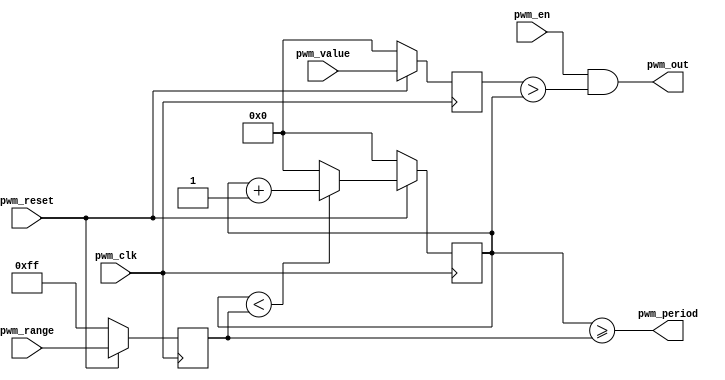
//////////////////////////////////////////////////////////////////////////////////
// Company: 
// Engineer: 
// 
// Design Name: 
// Module Name: PWM_UNIT
// Project Name: 
// Target Devices: 
// Tool Versions: 
// Description: 
// 
// Dependencies: 
// 
// Revision:
// Revision 0.01 - File Created
// Additional Comments:
// 
//////////////////////////////////////////////////////////////////////////////////

// One PWM unit
module PWM_UNIT(
    input wire [7:0]pwm_value,
    input wire [7:0]pwm_range,
    input wire      pwm_clk,
    input wire      pwm_reset,
    input wire      pwm_en,

    output wire     pwm_period,
    output wire     pwm_out
    );
    reg [7:0]value_reg;
    reg [7:0]range_reg;
    reg [7:0]counter_reg;
    //wire     signal_out;

    // Update the register values only when counter saturates
    always @ ( posedge pwm_clk ) begin
        if ( pwm_reset == 1'b0 ) begin
            value_reg   = 8'h00;
            range_reg   = 8'hFF;
        end else begin
            //if( pwm_period == 1'b1 ) begin
                value_reg   <= pwm_value;
                range_reg   <= pwm_range;
            //end else begin
            //    value_reg   <= value_reg;
            //    range_reg   <= range_reg;
            //end
        end
    end

    // Counter implementation
    always @( posedge pwm_clk )
    begin
        if ( pwm_reset == 1'b0 ) begin
            counter_reg     <= 8'h00;
        end else begin
            if( counter_reg < range_reg ) begin
                counter_reg <= counter_reg + 1;
            end else begin
                counter_reg <= 8'h00;
            end
        end
    end

    // PWM output
    assign pwm_out = pwm_en & (value_reg > counter_reg);

    // Counter period output
    assign pwm_period = counter_reg >= range_reg;
endmodule